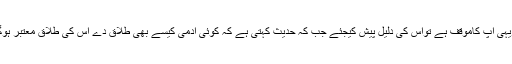
اگریہی آپ کاموقف ہے تواس کی دلیل پیش کیجئے جب کہ حدیث کہتی ہے کہ کوئی آدمی کیسے بھی طلاق دے اس کی طلاق معتبر ہوگی۔